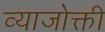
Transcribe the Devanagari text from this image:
व्याजोक्ती